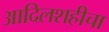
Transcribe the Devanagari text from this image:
आदिलशहीचा